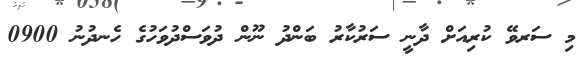
މި ސަރވޭ ކުރިއަށް ދާނީ ސަރުކާރު ބަންދު ނޫން ދުވަސްދުވަހުގެެ ހެނދުނު 0900